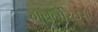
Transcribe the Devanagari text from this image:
गवर्नोरेट्स